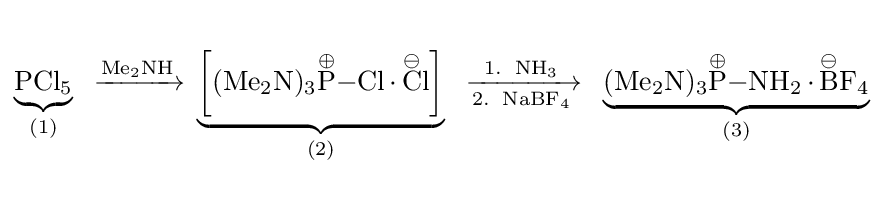
{\begin{matrix}{}\\\underbrace {\ce {PCl5}} _{(1)}\ {\ce {->[{\ce {Me2NH}}]}}\underbrace {\left[{\ce {(Me2N)3{\overset {\oplus }{P}}-Cl.{\overset {\ominus }{C}}l}}\right]} _{(2)}\ {\ce {->[1.\ {\ce {NH3}}][2.\ {\ce {NaBF4}}]}}\ \underbrace {\ce {(Me2N)3{\overset {\oplus }{P}}-NH2.{\overset {\ominus }{B}}F4}} _{(3)}\\{}\end{matrix}}